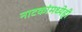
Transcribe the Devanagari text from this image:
नाटकांमध्येही